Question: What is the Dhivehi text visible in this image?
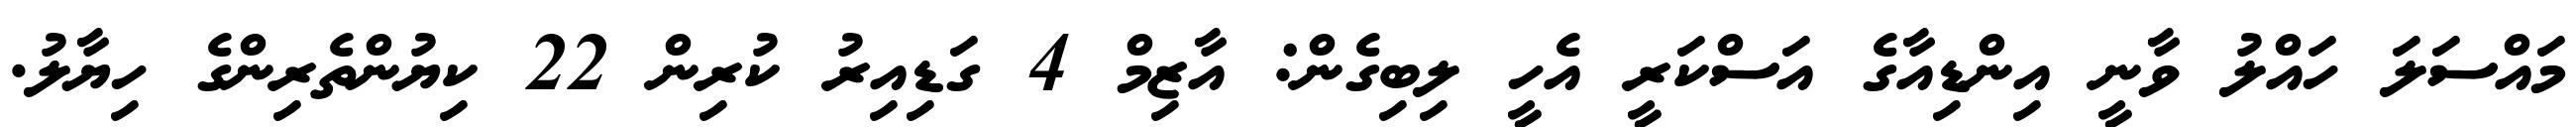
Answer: މައްސަލަ ހައްލު ވާނީ އިންޑިއާގެ އަސްކަރީ އެހީ ލިބިގެން: އާޒިމް 4 ގަޑިއިރު ކުރިން 22 ކިޔުންތެރިންގެ ހިޔާލު.